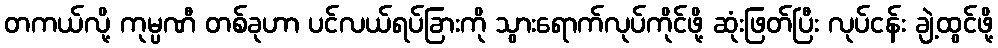
တကယ်လို့ ကုမ္ပဏီ တစ်ခုဟာ ပင်လယ်ရပ်ခြားကို သွားရောက်လုပ်ကိုင်ဖို့ ဆုံးဖြတ်ပြီး လုပ်ငန်း ချဲ့ထွင်ဖို့